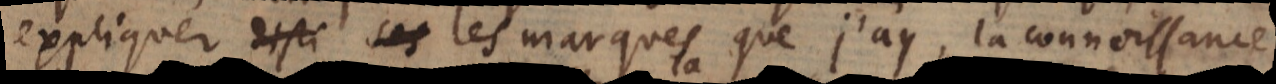
expliquer les 1568 − marques que j’ay, la connoissance